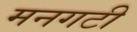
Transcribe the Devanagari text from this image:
मनगटी